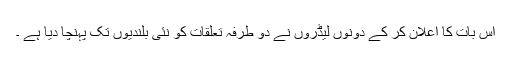
اس بات کا اعلان کر کے دونوں لیڈروں نے دو طرفہ تعلقات کو نئی بلندیوں تک پہنچا دیا ہے ۔